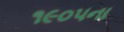
૧૯૦૫ના